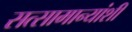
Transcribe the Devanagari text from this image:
सत्सामान्यांशी